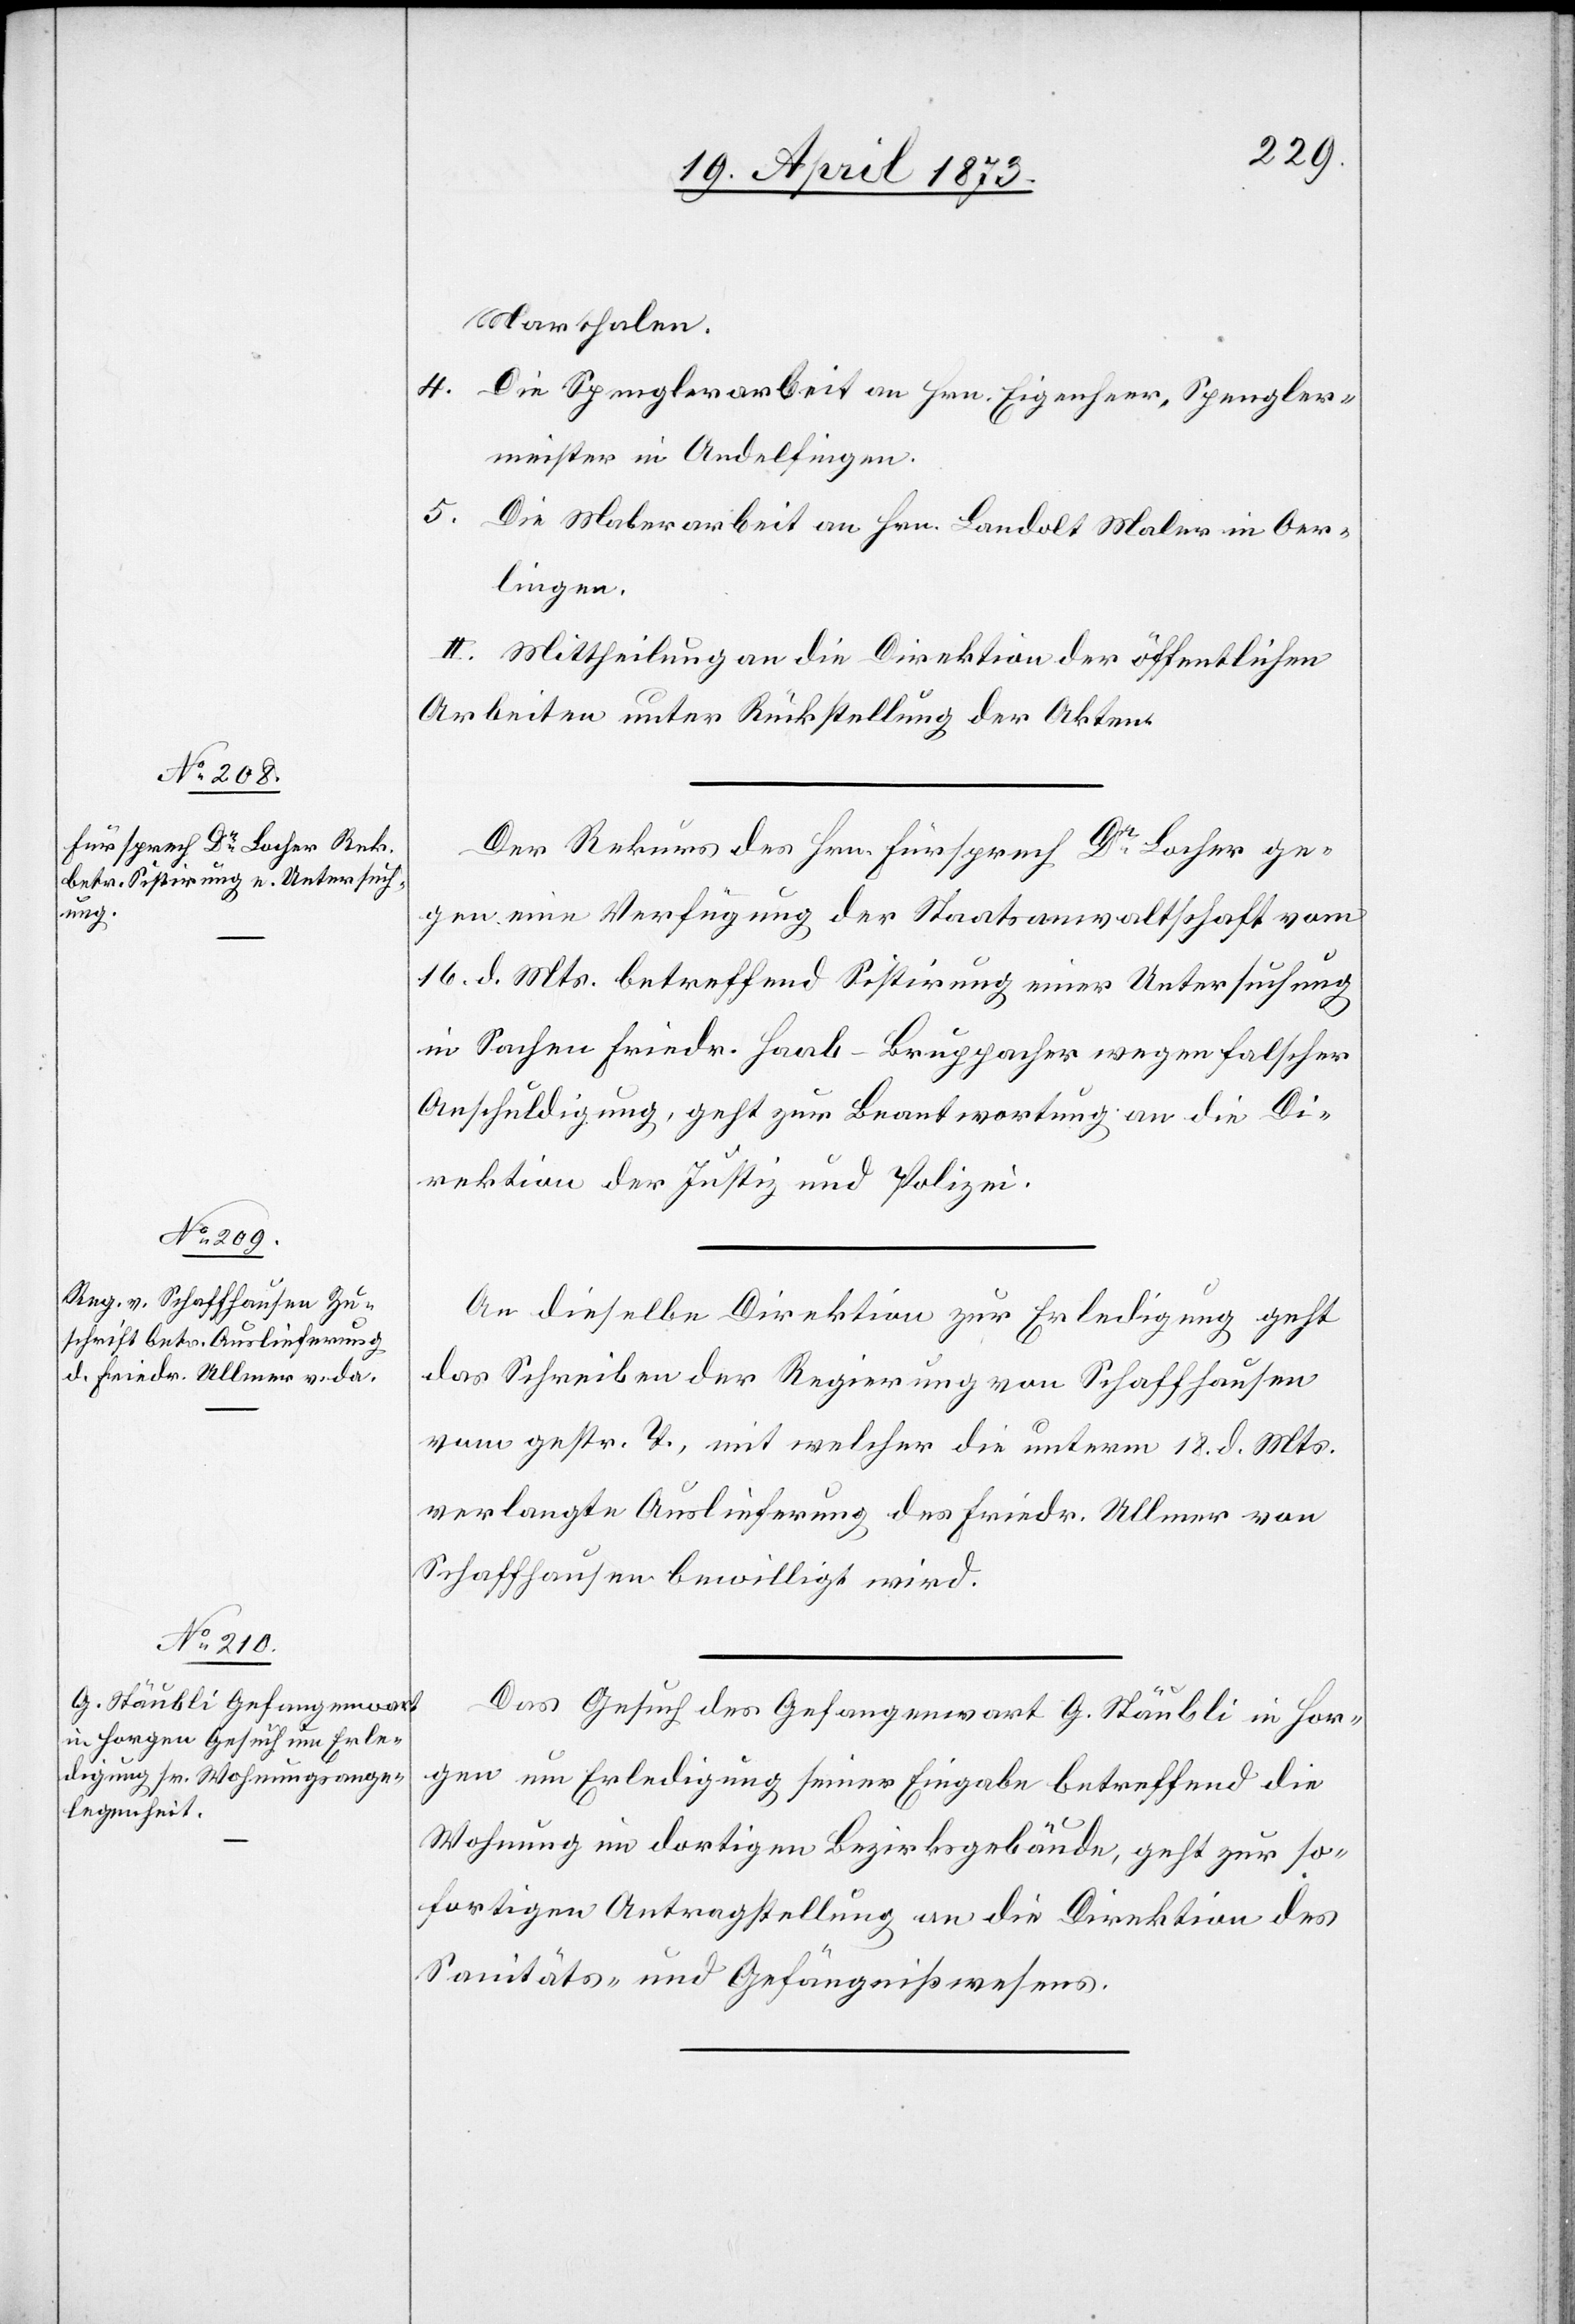
24. April 1873]
Marthalen.
4. Die Spenglerarbeit an Hrn. Eigenheer, Spengler¬
meister in Andelfingen.
5. Die Malerarbeit an Hrn. Landolt Maler in Oer¬
lingen.
II. Mittheilung an die Direktion der öffentlichen
Arbeiten unter Rückstellung der Akten.
Der Rekurs des Hrn. Fürsprech Dr Locher ge¬
gen eine Verfügung der Staatsanwaltschaft vom
16. d. Mts. betreffend Sistirung einer Untersuchung
in Sachen Friedr. Haab-Bruppacher wegen falscher
Anschuldigung, geht zur Beantwortung an die Di¬
rektion der Justiz und Polizei.
An dieselbe Direktion zur Erledigung geht
das Schreiben der Regierung von Schaffhausen
vom gestr. T. mit welcher die unterm 18. d. Mts.
verlangte Auslieferung des Friedr. Ullmer von
Schaffhausen bewilligt wird.
Das Gesuch des Gefangenwart G. Stäubli in Hor¬
gen um Erledigung seiner Eingabe betreffend die
Wohnung im dortigen Bezirksgebäude, geht zur so¬
fortigen Antragstellung an die Direktion des
Sanitäts- und Gefängnißwesens.